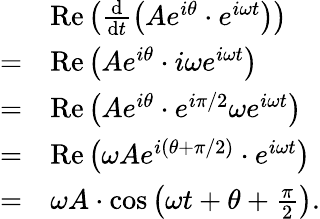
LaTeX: {\begin{array}{rl}&{\operatorname{Re}\left({\frac{\mathrm{d}}{\mathrm{d}t}}{\mathord{\left(Ae^{i\theta}\cdot e^{i\omega t}\right)}}\right)}\\ {=}&{\operatorname{Re}\left(Ae^{i\theta}\cdot i\omega e^{i\omega t}\right)}\\ {=}&{\operatorname{Re}\left(Ae^{i\theta}\cdot e^{i\pi/2}\omega e^{i\omega t}\right)}\\ {=}&{\operatorname{Re}\left(\omega Ae^{i(\theta+\pi/2)}\cdot e^{i\omega t}\right)}\\ {=}&{\omega A\cdot\cos\left(\omega t+\theta+{\frac{\pi}{2}}\right).}\end{array}}